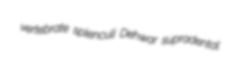
vertebrate splenculi Dehwar supradental